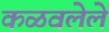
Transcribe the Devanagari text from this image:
कळवलेले